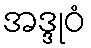
အဒ္ဒုဝံ